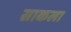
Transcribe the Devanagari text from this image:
साकला